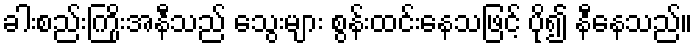
ခါးစည်းကြိုးအနီသည် သွေးများ စွန်းထင်းနေသဖြင့် ပို၍ နီနေသည်။